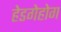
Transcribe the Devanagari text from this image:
हेडगेहोग